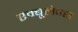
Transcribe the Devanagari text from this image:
एम्बूलेन्स